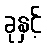
ခုနှင့်